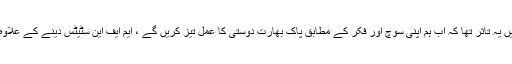
پاک بھارت تعلقات کے حوالے سے حکومتی حلقوں میں یہ تاثر تھا کہ اب ہم اپنی سوچ اور فکر کے مطابق پاک بھارت دوستی کا عمل تیز کریں گے ، ایم ایف این سٹیٹس دینے کے علاوہ بھی کئی امور پربرق رفتار پیش رفت کی جائے گی۔